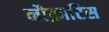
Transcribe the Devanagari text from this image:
नौक्राटिस